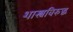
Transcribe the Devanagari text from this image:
शास्त्रविरुद्ध